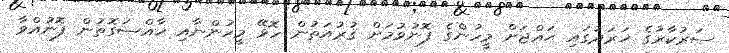
ސަރުކާރުގެ ޚަރަދުގައި ޙައްޖަށް މީހުންގެ ފޮނުވުމަށް ޤުރުއަތުން ހޮވޭ މީހުންނާއި ޚާއްޞަގޮތުން ފޮނުއްވާ